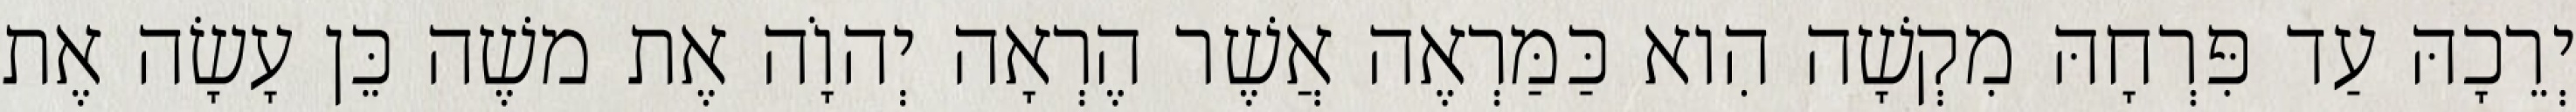
יְרֵכָהּ עַד פִּרְחָהּ מִקְשָׁה הִוא כַּמַּרְאֶה אֲשֶׁר הֶרְאָה יְהוָֹה אֶת משֶׁה כֵּן עָשָׂה אֶת